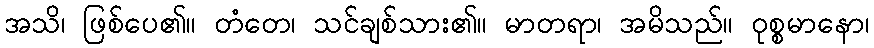
အသိ၊ ဖြစ်ပေ၏။ တံတေ၊ သင်ချစ်သား၏။ မာတရာ၊ အမိသည်။ ဝုစ္စမာနော၊